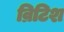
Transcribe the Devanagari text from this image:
व्रिटिश